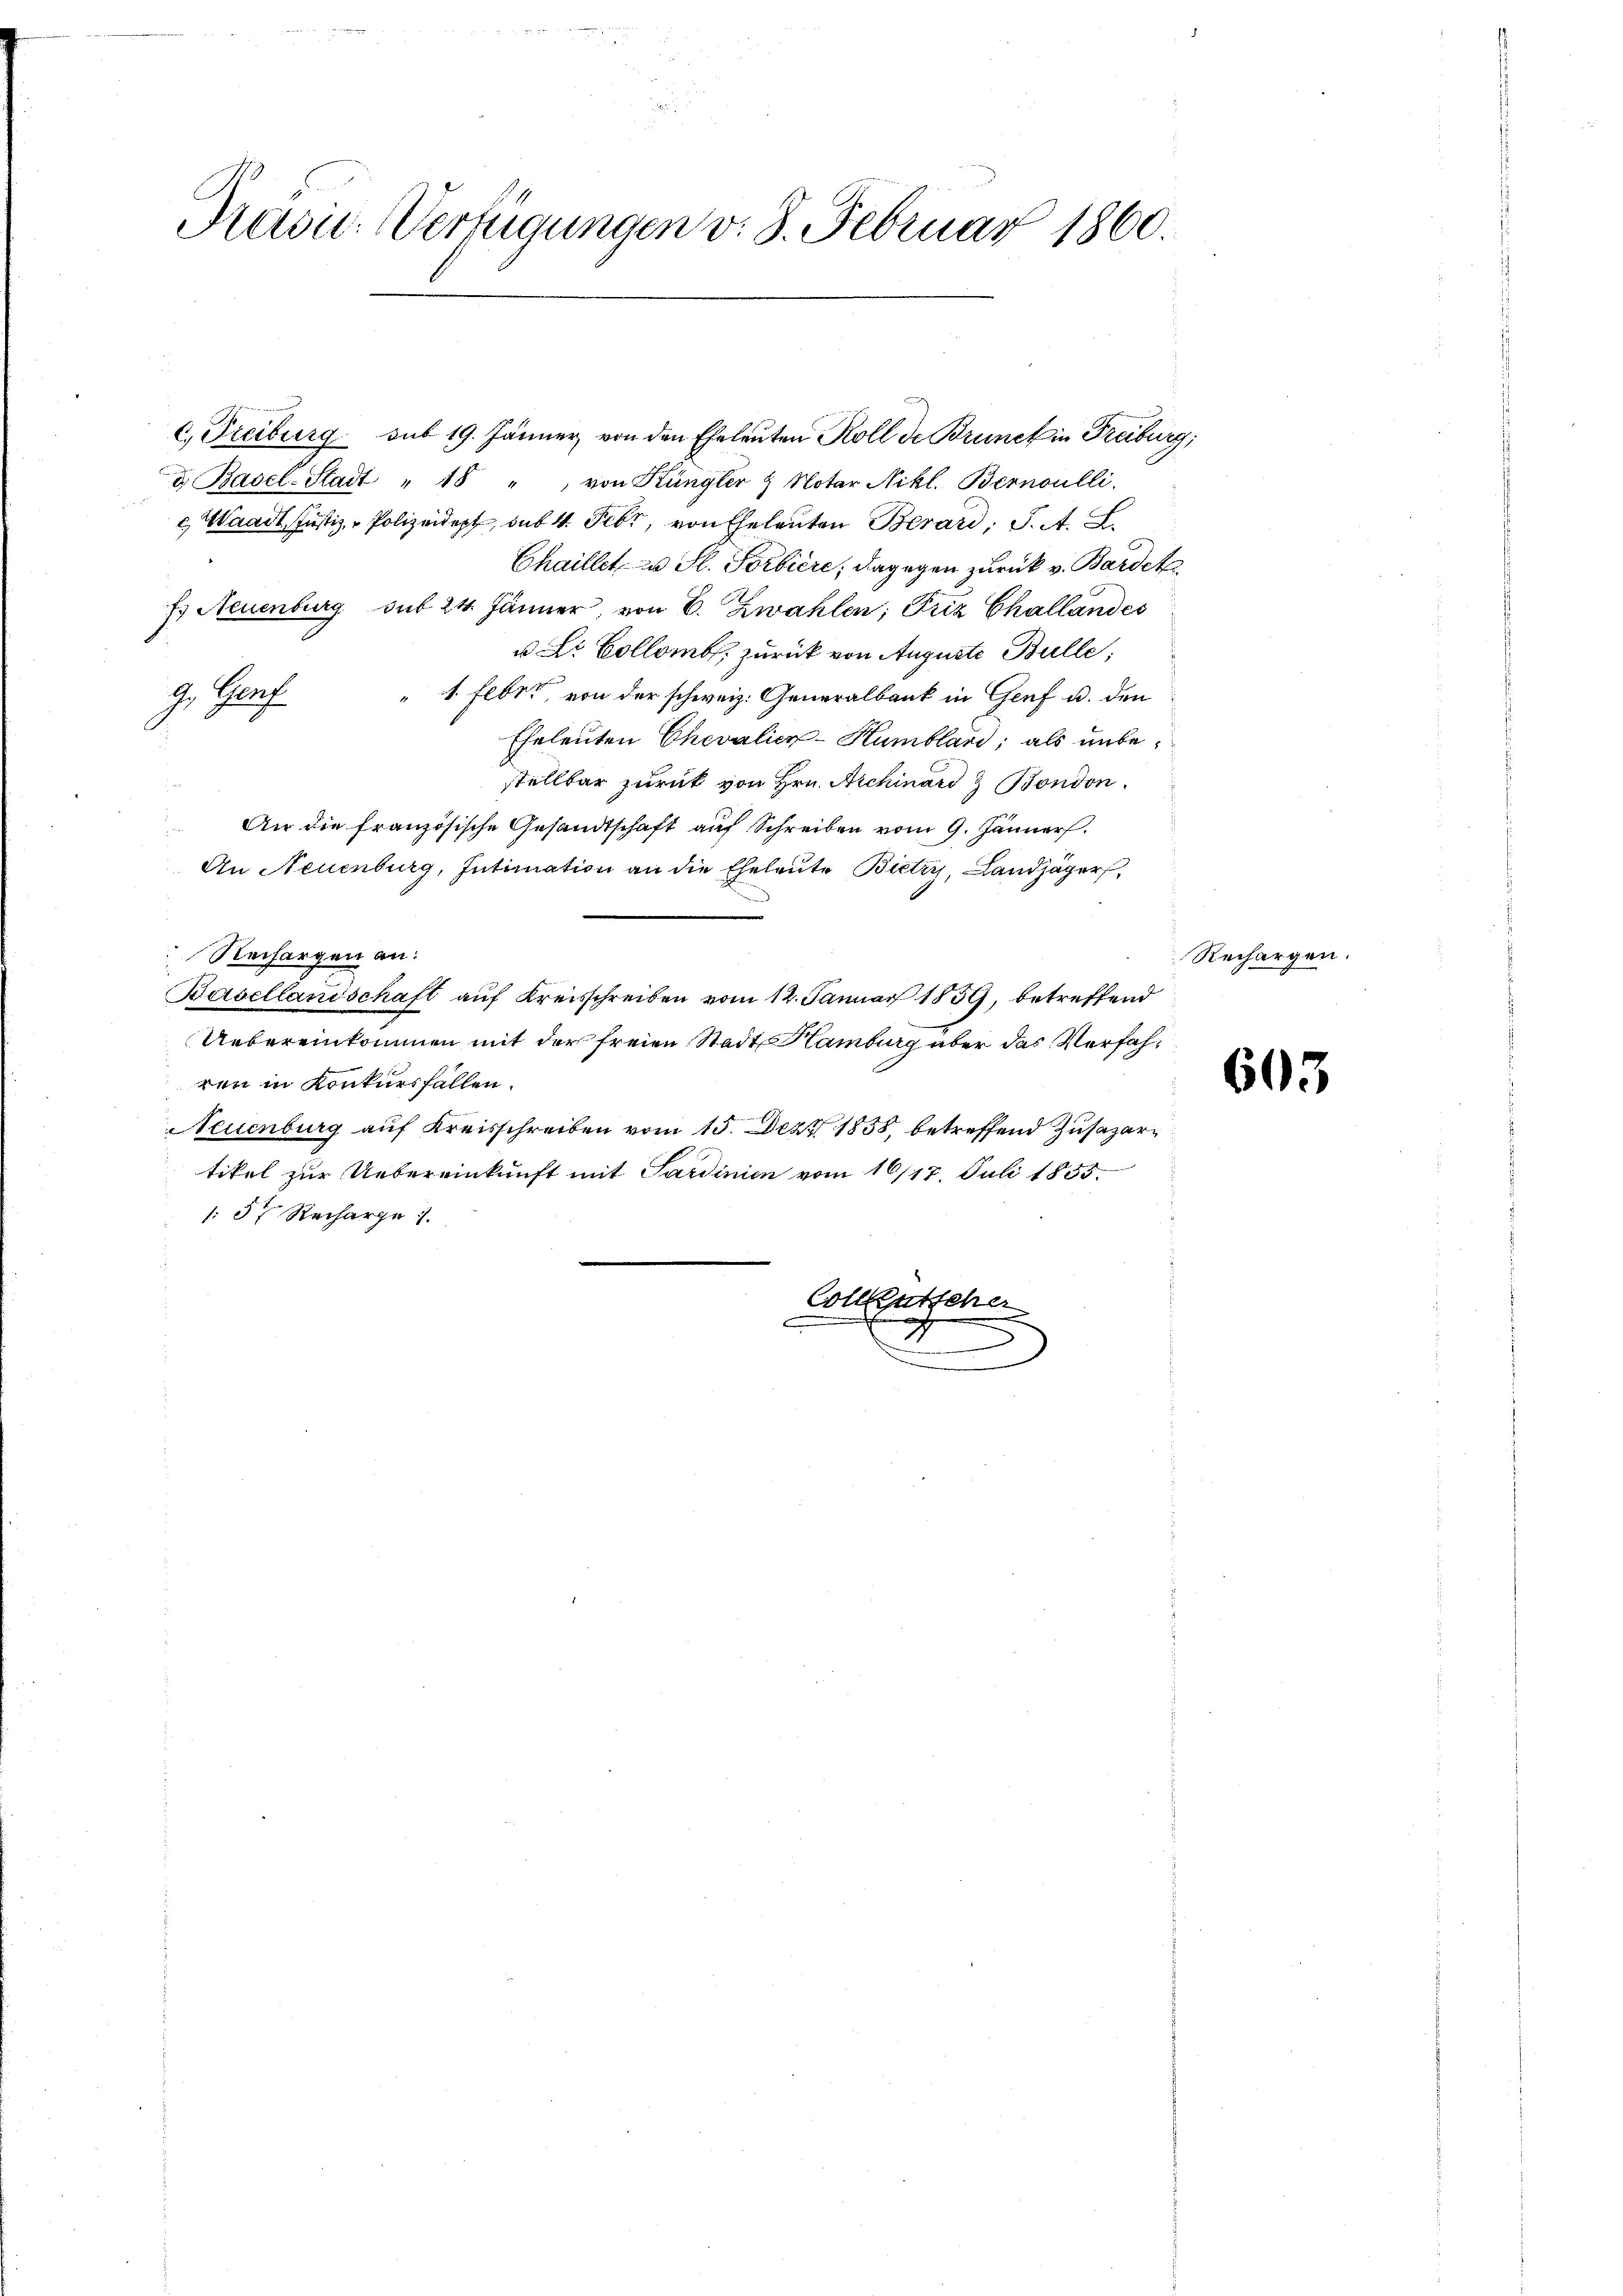
Präsid. Verfügungen v. 8. Februar 1860.

d. Basel-Stadt " 18 " von Küngler & Notar Nikl. Bernoulli.
c. Waadt, Justiz - Polizeidopf, das 4. Febr., von Eheleuten Berari, S. A. L.
Chaillet zu St. Porbière; dagegen zurück v. Bardet
Es Neuenburg sub 24. Jänner, von E. Zwahlen; Friz Challandes
ur Kollem, zurück von Auguste Bulle;
G. Genf 1 Feber von der schweiz. Generalbank in Genf u. den
Eheleuten Chevalien-Humblari; als unbestellbar zurück von Hrn. Archinard & Bondon.
An die französische Gesandtschaft auf Schreiben vom 9. Jänner
An Neuenburg, Intimation an die Eheleute Bietri, Landjäger,
Rechargen an:
Basellandschaft aŭf Kreisschreiben vom 12. Januar 1839, betreffend
Uebereinkommen mit der freien Stadt Hamburg über das Verfahren in Konkursfallen.
Neuenburg auf Kreisschreiben vom 15. Dez. 1855, betreffend Zusatzartikel zur Uebereinkunft mit Sardinien vom 16/17. Juli 1855.
/5. Recharge
Colleutscher

c. Freiburg sub 19. Jänner, von den Eheleuten Roll de Brunck in Freiburg,

Rechargen.

603